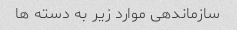
سازماندهی موارد زیر به دسته ها